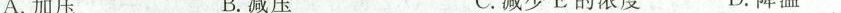
A.加压 B.减压 C.减少E的浓度 D.降温